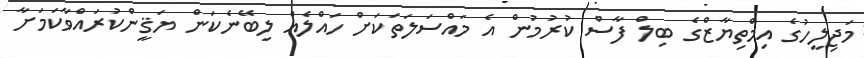
މަޖިލީހުގެ އިމްތިޔާޒްގެ ބިލް ފާސް ކުރުމުން އެ މައްސަލަތަކަށް ހައްލެއް ލިބޭނެކަން ޔަޤީންކުރައްވާކަމަށާ